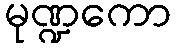
မုဏ္ဍကော